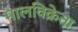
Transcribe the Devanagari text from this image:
मालविक्रेता